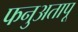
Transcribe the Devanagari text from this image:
फनुअतापू